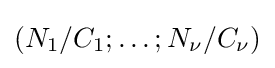
(N_{1}/C_{1};\ldots ;N_{\nu }/C_{\nu })